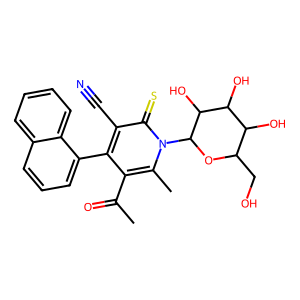
SMILES: CC(=O)c1c(-c2cccc3ccccc23)c(C#N)c(=S)n(C2OC(CO)C(O)C(O)C2O)c1C
Inhibits HIV replication: No